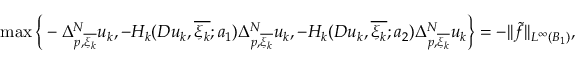
\operatorname* { m a x } \bigg \{ - \Delta _ { p , \overline { { \xi _ { k } } } } ^ { N } u _ { k } , - H _ { k } ( D u _ { k } , \overline { { \xi _ { k } } } ; a _ { 1 } ) \Delta _ { p , \overline { { \xi _ { k } } } } ^ { N } u _ { k } , - H _ { k } ( D u _ { k } , \overline { { \xi _ { k } } } ; a _ { 2 } ) \Delta _ { p , \overline { { \xi _ { k } } } } ^ { N } u _ { k } \bigg \} = - | | \widetilde { f } | | _ { L ^ { \infty } ( B _ { 1 } ) } ,